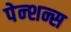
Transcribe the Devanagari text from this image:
पेन्शन्स